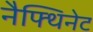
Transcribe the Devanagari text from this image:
नैफ्थिनेट